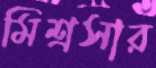
মিশ্রসার